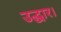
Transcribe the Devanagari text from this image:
उद्धार।